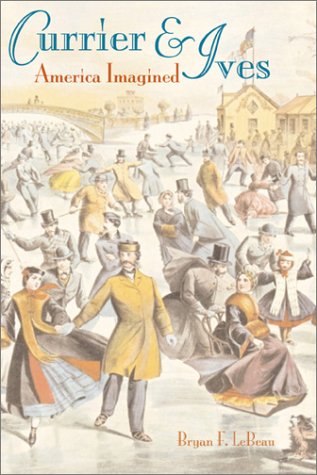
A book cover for Currier & Ives: America Imagined; LE BEAU BRYAN F; Arts & Photography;